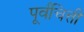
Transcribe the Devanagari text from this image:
पूर्वचित्ती